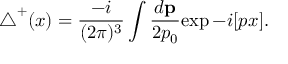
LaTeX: { \triangle } ^ { + } ( x ) = \frac { - i } { ( 2 \pi ) ^ { 3 } } \int \frac { d { \bf p } } { 2 p _ { 0 } } { \exp - i [ p x ] } .